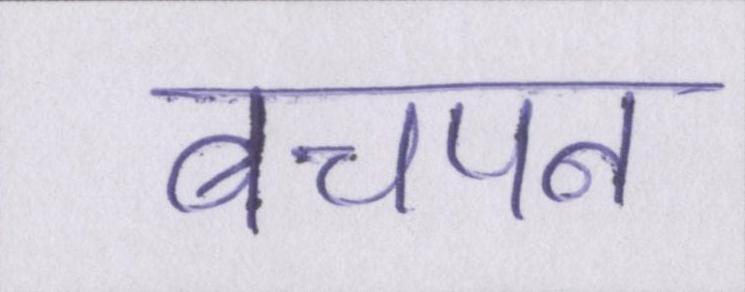
बचपन